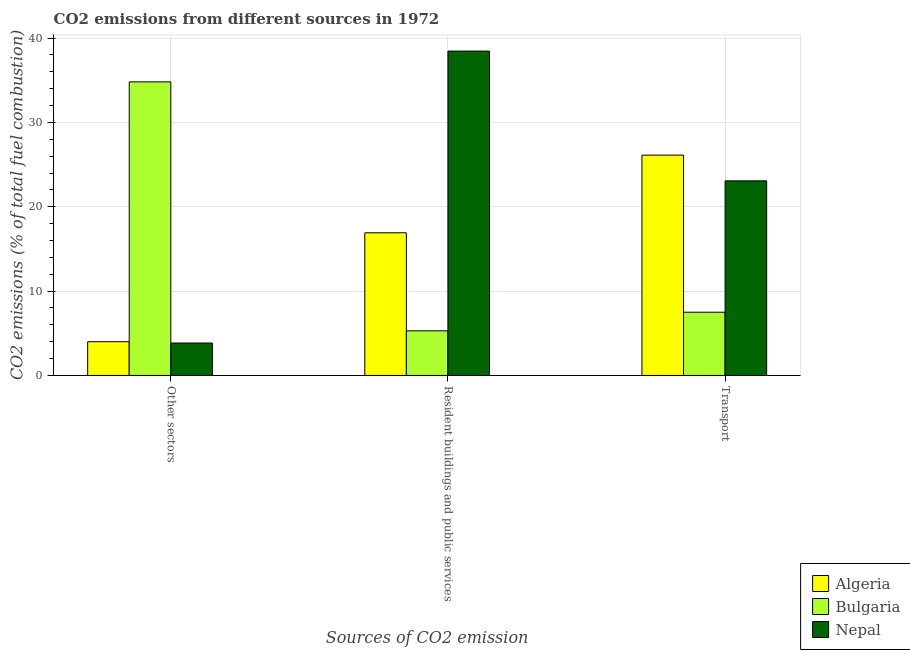
| Sources of CO2 emission | Algeria | Bulgaria | Nepal |
 | --- | --- | --- | --- |
 | Other sectors | 4 | 34.8 | 3.85 |
 | Resident buildings and public services | 16.9 | 5.29 | 38.5 |
 | Transport | 26.1 | 7.5 | 23.1 |